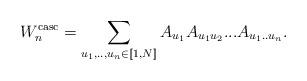
LaTeX: \begin{align*}W_n^{\textrm{casc}}=\sum_{u_1,..,u_n\in[\![1,N]\!]} A_{u_1}A_{u_1u_2}...A_{u_1..u_n}.\end{align*}